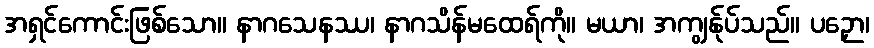
အရှင်ကောင်းဖြစ်သော။ နာဂသေနဿ၊ နာဂသိန်မထေရ်ကို။ မယာ၊ အကျွန်ုပ်သည်။ ပဉှော၊